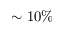
\sim 1 0 \%